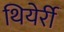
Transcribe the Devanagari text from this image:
थियेर्री